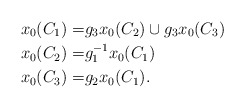
\begin{align*} x_0(C_1) =& g_3x_0(C_2)\cup g_3x_0(C_3) \\ x_0(C_2) =& g_1^{-1}x_0(C_1) \\ x_0(C_3) =& g_2x_0(C_1).\end{align*}